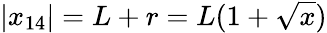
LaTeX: |x_{14}|=L+r=L(1+\sqrt{x})